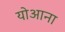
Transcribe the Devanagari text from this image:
योआना